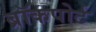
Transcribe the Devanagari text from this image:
ब्रॉकपोर्ट